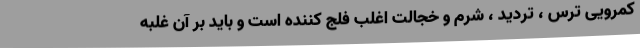
کمرویی ترس ، تردید ، شرم و خجالت اغلب فلج کننده است و باید بر آن غلبه